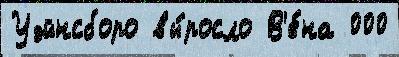
Уэйнсборо вы́росло В'е́на 000